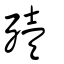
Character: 殪